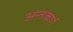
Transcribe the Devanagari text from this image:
अन्तःकर्ण